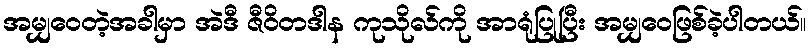
အမျှဝေတဲ့အခါမှာ အဲဒီ ဇီဝိတဒါန ကုသိုလ်ကို အာရုံပြုပြီး အမျှဝေဖြစ်ခဲ့ပါတယ်။